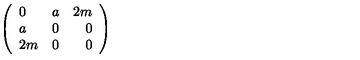
\left( \begin{array} { l c r } { 0 } & { a } & { 2 m } \\ { a } & { 0 } & { 0 } \\ { 2 m } & { 0 } & { 0 } \\ \end{array} \right)